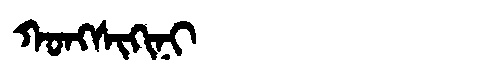
Manchu: ᡴᠣᠩᠰᡳᡴᡳᠨᡳ
Romanization: KONGSIKINI